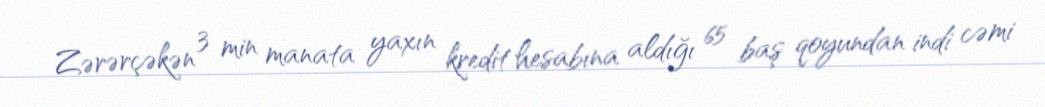
Zərərçəkən 3 min manata yaxın kredit hesabına aldığı 65 baş qoyundan indi cəmi